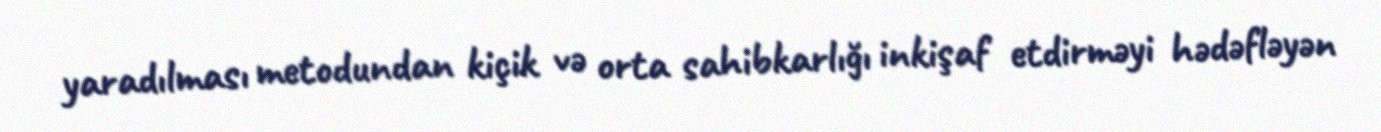
yaradılması metodundan kiçik və orta sahibkarlığı inkişaf etdirməyi hədəfləyən